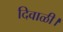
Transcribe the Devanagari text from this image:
दिवाळी।